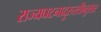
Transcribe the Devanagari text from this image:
राज्यघटनादुरुस्तीनुसार